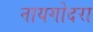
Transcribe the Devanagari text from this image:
नायगोदरा